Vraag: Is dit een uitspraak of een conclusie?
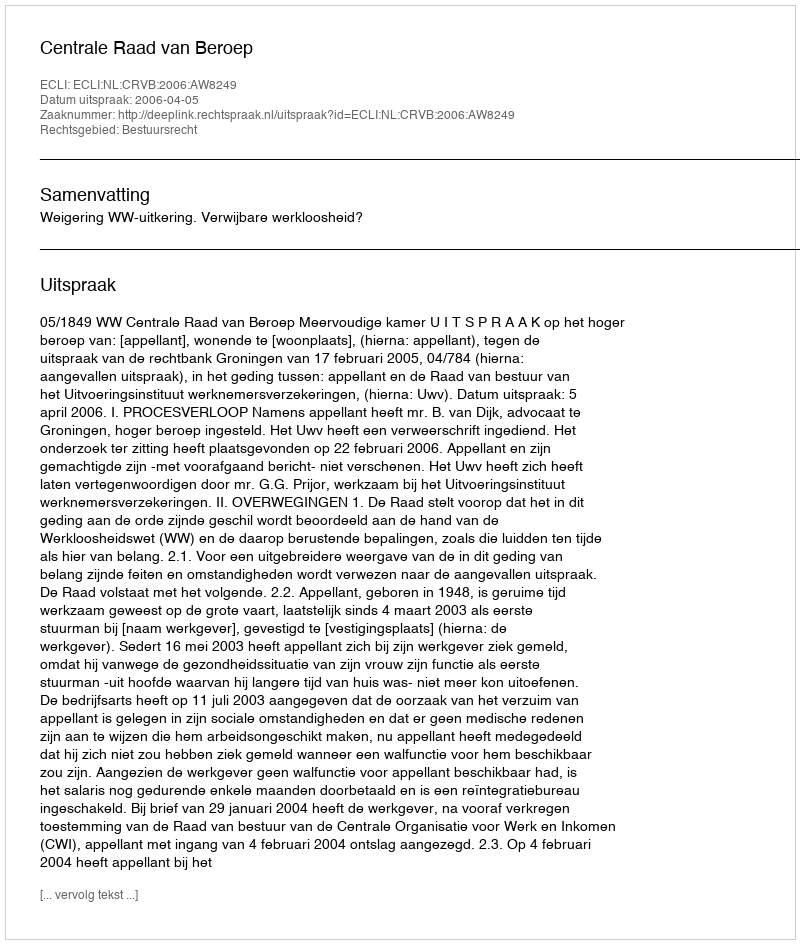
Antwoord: Uitspraak